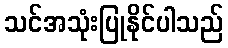
သင်အသုံးပြုနိုင်ပါသည်